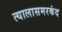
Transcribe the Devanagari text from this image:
त्यालासमरकंद